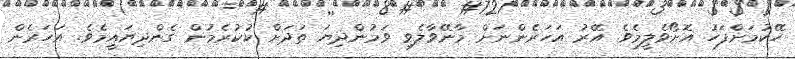
ހޭކުމަށްފަހު އޮށޯވެލީމެވެ. އޭރު އަހަރެންނަށް މާނޭވާލެވި ވަމުންދިޔަ ތަދަށް ކުކުރެމުން ގެންދިޔައީމެވެ. އަހަރެން